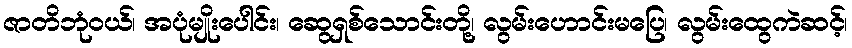
ဇာတိဘုံဝယ်၊ အပုံမျိုးပေါင်း၊ ဆွေရှစ်သောင်းတို့၊ လွမ်းဟောင်းမပြေ၊ လွမ်းထွေကဲဆင့်၊